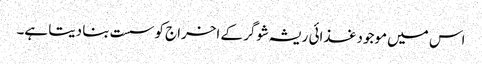
اس میں موجود غذائی ریشہ شوگر کے اخراج کو سست بنا دیتا ہے۔